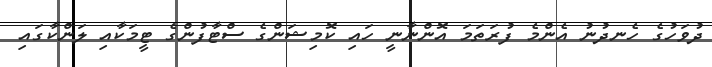
ދުވަހުގެ ހެނދުނު އެންމެ ފުރަތަމަ އޮންނާނީ ހައި ކޮމިޝަންގެ ސްޓާފުންގެ ޓީމަކާއި ލަންކާގައި